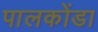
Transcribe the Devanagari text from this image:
पालकोंडा